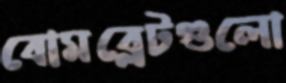
বোমব্লেটগুলো